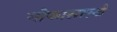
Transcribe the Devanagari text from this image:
गोफासारखे